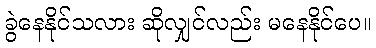
ခွဲနေနိုင်သလား ဆိုလျှင်လည်း မနေနိုင်ပေ။